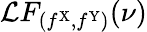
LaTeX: \mathcal{L}F_{(f^{\mathrm{X}},f^{\mathrm{Y}})}(\nu)